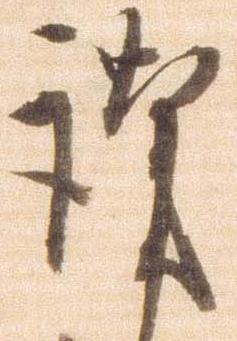
謹